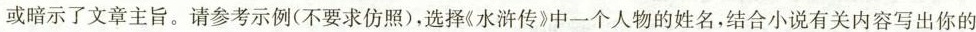
或暗示了文章主旨。请参考示例(不要求仿照)，选择《水浒传》中一个人物的姓名，结合小说有关内容写出你的